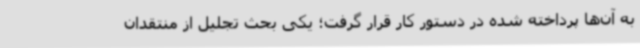
به آن‌ها پرداخته شده در دستور کار قرار گرفت؛ یکی بحث تجلیل از منتقدان